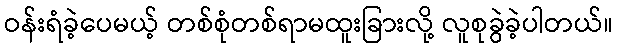
ဝန်းရံခဲ့ပေမယ့် တစ်စုံတစ်ရာမထူးခြားလို့ လူစုခွဲခဲ့ပါတယ်။